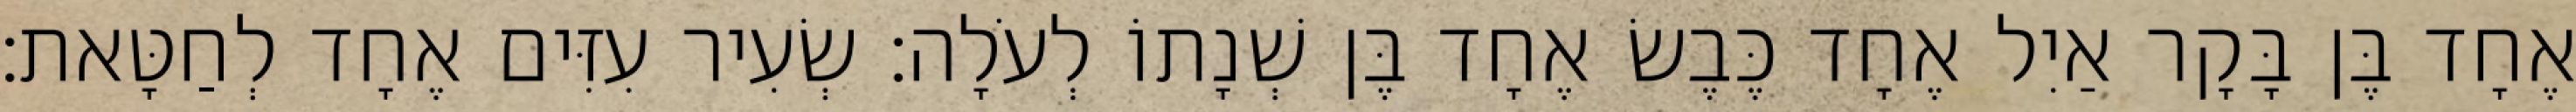
אֶחָד בֶּן בָּקָר אַיִל אֶחָד כֶּבֶשׂ אֶחָד בֶּן שְׁנָתוֹ לְעֹלָה׃ שְׂעִיר עִזִּים אֶחָד לְחַטָּאת׃